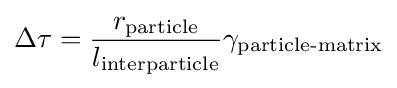
\Delta \tau ={\frac {r_{\text{particle}}}{l_{\text{interparticle}}}}\gamma _{\text{particle-matrix}}